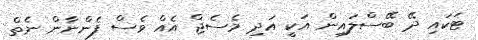
ޓަކައި ދޭ ބޭސްލައިން އަކީ އަދި މެސެޖް އެއް ވެސް ފެންނާން ނެތް